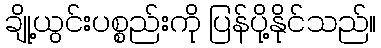
ချို့ယွင်းပစ္စည်းကို ပြန်ပို့နိုင်သည်။